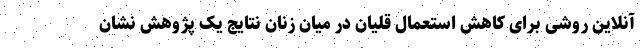
آنلاین روشی برای کاهش استعمال قلیان در میان زنان نتایج یک پژوهش نشان